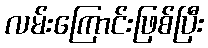
လမ်းကြောင်းဖြစ်ပြီး